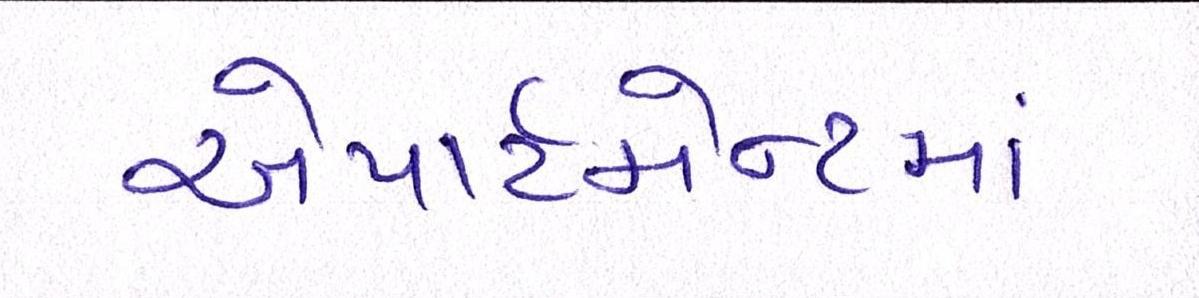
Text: એપાર્ટમેન્ટમાં